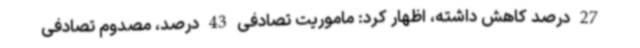
27 درصد کاهش داشته، اظهار کرد: ماموریت تصادفی 43 درصد، مصدوم تصادفی